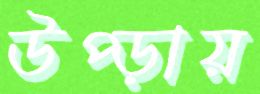
উপ্‌ড়ায়